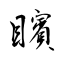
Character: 矉